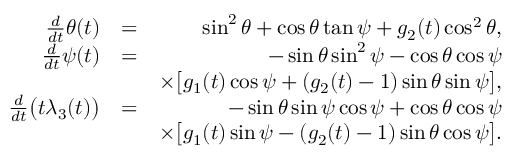
\begin{array} { r l r } { \frac { d } { d t } \theta ( t ) } & { = } & { \sin ^ { 2 } { \theta } + \cos { \theta } \tan { \psi } + g _ { 2 } ( t ) \cos ^ { 2 } { \theta } , } \\ { \frac { d } { d t } \psi ( t ) } & { = } & { - \sin { \theta } \sin ^ { 2 } { \psi } - \cos { \theta } \cos { \psi } } \\ & { } & { \times \big [ g _ { 1 } ( t ) \cos { \psi } + ( g _ { 2 } ( t ) - 1 ) \sin { \theta } \sin { \psi } \big ] , } \\ { \frac { d } { d t } \big ( t \lambda _ { 3 } ( t ) \big ) } & { = } & { - \sin { \theta } \sin { \psi } \cos { \psi } + \cos { \theta } \cos { \psi } } \\ & { } & { \! \! \! \times \big [ g _ { 1 } ( t ) \sin { \psi } - ( g _ { 2 } ( t ) - 1 ) \sin { \theta } \cos { \psi } \big ] . } \end{array}